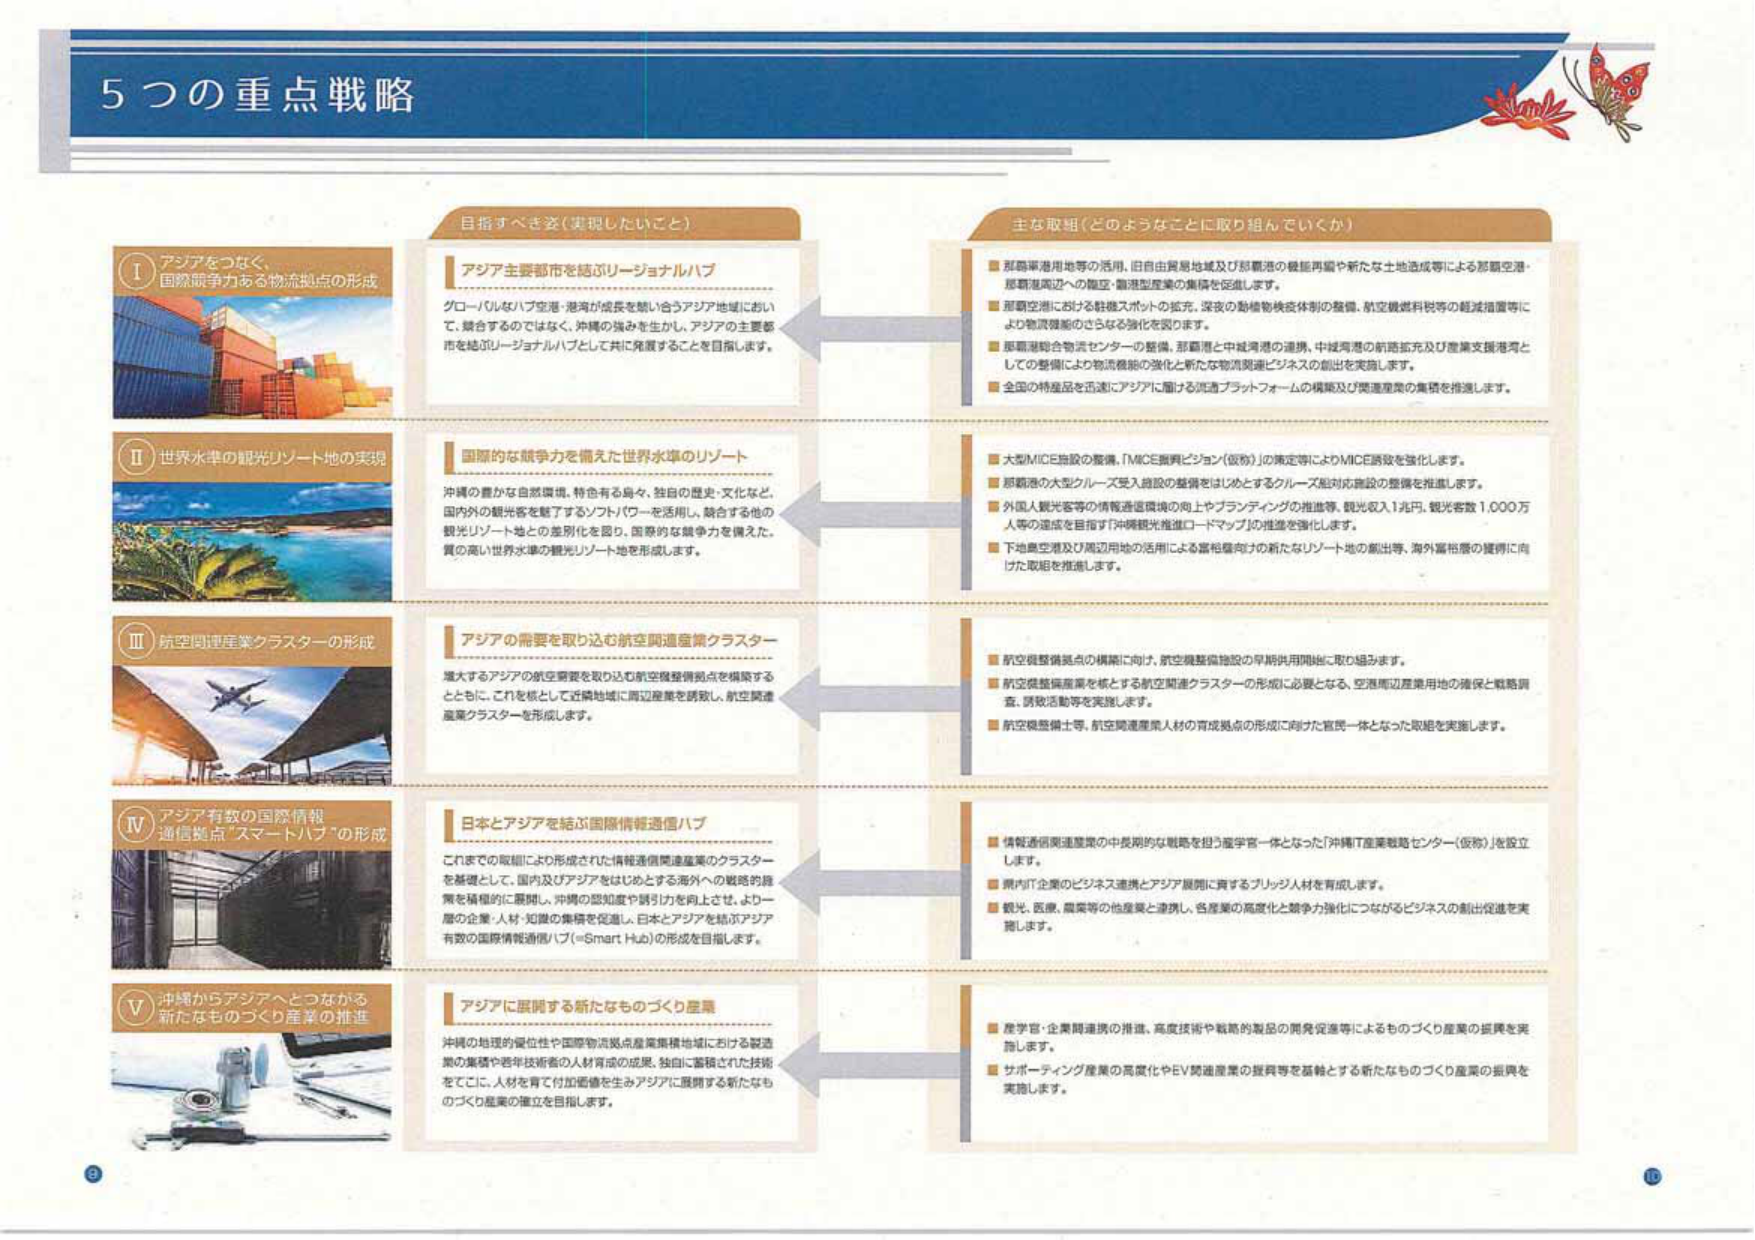
5つの重点戦略

目指すべき姿（実現したいこと）

Ⅰ アジアをつなぐ、
国際競争力ある物流拠点の形成

アジア主要都市を結ぶリージョナルハブ
グローバルなハブ空港・港湾が成長を競い合うアジア地域におい
て、競合するのではなく、沖縄の強みを生かし、アジアの主要都
市を結ぶリージョナルハブとして共に発展することを目指します。

Ⅱ 世界水準の観光リゾート地の実現

国際的な競争力を備えた世界水準のリゾート
沖縄の豊かな自然環境、特色ある島々、独自の歴史・文化をと、
国内外の観光客を魅了するソフトパワーを活用し、融合する他の
観光リゾート地との差別化を図り、国際的な競争力を備えた、
質の高い世界水準の観光リゾート地を形成します。

Ⅲ 航空関連産業クラスターの形成

アジアの需要を取り込む航空関連産業クラスター
増大するアジアの航空需要を取り込むも航空整備拠点を構築する
とともに、これを核として近隣地域に周辺産業を誘致し、航空関連
産業クラスターを形成します。

Ⅳ アジア有数の国際情報
通信拠点“スマートハブ”の形成

日本とアジアを結ぶ国際情報通信ハブ
これまでの取組により形成された情報通信関連産業のクラスター
を基礎として、国内及びアジアをはじめとする海外への戦略的産
業を積極的に展開し、沖縄の認知度や誘引力を向上させ、より一
層の企業・人材・知識の集積を促進し、日本とアジアを結ぶアジア
有数の国際情報通信ハブ（＝Smart Hub）の形成を目指します。

Ⅴ 沖縄からアジアへとつながる
新たなものづくり産業の推進

アジアに展開する新たなものづくり産業
沖縄の地理的優位性や国際物流拠点産業集積地域における製造
業の集積や青年技術者の人材育成の成果、独自に蓄積された技術
をてこに、人材を育て付加価値を生みアジアに展開する新たなも
のづくり産業の確立を目指します。

主な取組（どのようなことに取り組んでいくか）

■ 那覇空港用地等の活用、旧自由貿易地域及び那覇港の機能再編や新たな土地造成等による那覇空港・
那覇港周辺への航空・物流型産業の集積を促進します。
■ 那覇空港における駐機スポットの拡充、深夜の動植物検疫体制の整備、航空機燃料税等の軽減措置等に
より物流機能のさらなる強化を図ります。
■ 那覇港総合物流センターの整備、那覇港と中城湾港の連携、中城湾港の航路拡充及び産業支援港湾と
しての整備により物流機能の強化と新たな物流関連ビジネスの創出を実施します。
■ 全国の特産品を迅速にアジアに届ける流通プラットフォームの構築及び関連産業の集積を推進します。

■ 大型MICE施設の整備、「MICE振興ビジョン（仮称）」の策定等によりMICE誘致を強化します。
■ 那覇港の大型クルーズ受入施設の整備をはじめとするクルーズ船対応施設の整備を推進します。
■ 外国人観光客等の情報流通環境の向上やブランディングの推進等、観光収入1兆円、観光客数1,000万
人等の達成を目指す「沖縄観光推進ロードマップ」の推進を強化します。
■ 下地島空港及び周辺用地の活用による富裕層向けの新たなリゾート地の創出等、海外富裕層の獲得に向
けた取組を推進します。

■ 航空機整備拠点の構築に向け、航空機整備施設の早期供用開始に取り組みます。
■ 航空機整備産業を核とする航空関連クラスターの形成に必要となる、空港周辺産業用地の確保と戦略調
査、誘致活動等を実施します。
■ 航空機整備士等、航空関連産業人材の育成拠点の形成に向けた官民一体となった取組を実施します。

■ 情報通信関連産業の中長期的な戦略を担う産学官一体となった「沖縄IT産業戦略センター（仮称）」を設立
します。
■ 県内IT企業のビジネス連携とアジア展開に資するブリッジ人材を育成します。
■ 観光、医療、農業等の他産業と連携し、各産業の高度化と競争力強化につながるビジネスの創出促進を実
施します。

■ 産学官・企業間連携の推進、高度技術や戦略的製品の開発促進等によるものづくり産業の振興を実
施します。
■ サポーティング産業の高度化やEV関連産業の振興等を基軸とする新たなものづくり産業の振興を
実施します。

②
⑩